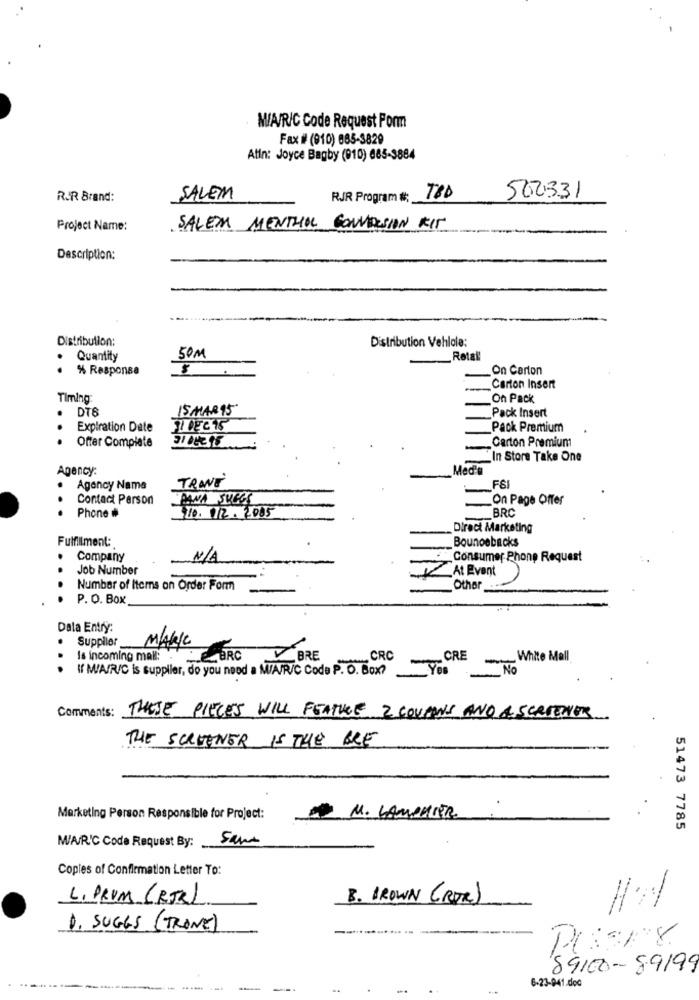
MIA/R/C Code Request Form
Fax # (910) 685-3829
Atin: Joyce Bagby (010) 685-3884
RUR Brand:
SALEM
RJR Program #:
TED
500331
Project Name:
SALEM MENTHOL CONVERSION KIT
Description:
Distribution;
Distribution Vehlola:
Quantity
50M
-Retail
% Response
On Carton
Carton Insert
Timing:
On Pack
DTS
15 MAR95
Pack Insert
Expiration Date
JI DEC 15
Pack Premium
..
Offer Complete
Carton Premium
In Store Take One
Agency:
.
TRANE
Agency Name
F6
Contact Person
PANA SUGGS
On Page Offer
Phone #
10. 12. 2005
BRC
Direct Marketing
Fulfillment:
Bounoebacks
Company
Consumer Phone Request
Job Number
At Event
Number of Items on Order Form
Other
P. O. Box
Data Entry:
Supplier
MAAKje
Is incoming mail :. BRC
BRE
CRC
-
CRE
White Mall
If M/A/R/C is supplier, do you need a M/A/R/C Code P. O. Box? Yes
...
No
Comments: THESE PIECES WILL FEATURE 2 COUPONS AND A SERIENER
THE SCREENER IS THE BRE
Marketing Person Responsible for Project:
M. LAMPHIER
51473 7785
M/A/R/C Code Request By:
sam
Copies of Confirmation Letter To:
L. PRUM (RTR)
B. BROWN (ROR)
-
1. SUGGS (TRONE)
PUSSEY
89100- 89199
6-23-941.doc